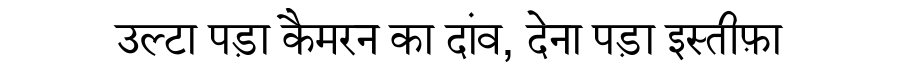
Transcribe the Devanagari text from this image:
उल्टा पड़ा कैमरन का दांव, देना पड़ा इस्तीफ़ा